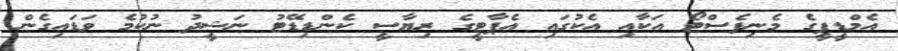
އެމްޑީޕީގެ މެނިފެސްޓޯ އަކާއި އެކުގައި އެޕާޓީގެ ރިޔާސީ ކެންޑިޑޭޓު ނަޝީދު ނުކުމެ ވަޑައިގެން